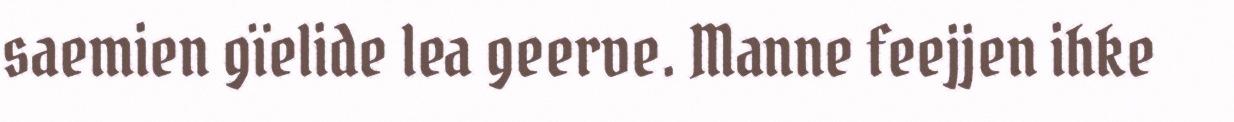
saemien gïelide lea geerve. Manne feejjen ihke